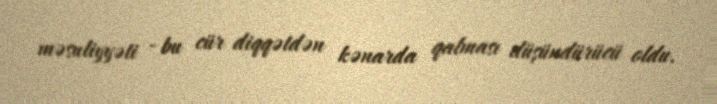
məsuliyyəti - bu cür diqqətdən kənarda qalması düşündürücü oldu.